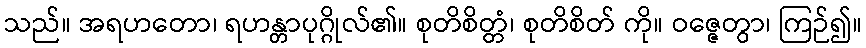
သည်။ အရဟတော၊ ရဟန္တာပုဂ္ဂိုလ်၏။ စုတိစိတ္တံ၊ စုတိစိတ် ကို။ ဝဇ္ဇေတွာ၊ ကြဉ်၍။